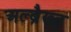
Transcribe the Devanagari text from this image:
अल्ब्रैख्त